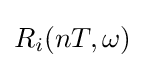
R_{i}(nT,\omega )